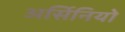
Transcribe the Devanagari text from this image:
अर्सिनियो